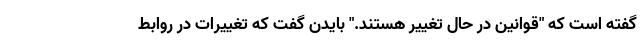
گفته است که "قوانین در حال تغییر هستند." بایدن گفت که تغییرات در روابط